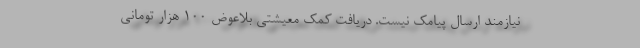
نیازمند ارسال پیامک نیست. دریافت کمک معیشتی بلاعوض ۱۰۰ هزار تومانی